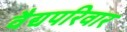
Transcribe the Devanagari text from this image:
वैद्यपरिवार